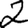
Digit: 2